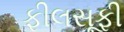
ફીલસૂફી